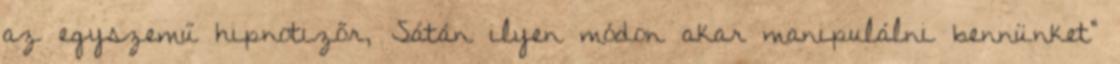
az egyszemű hipnotizőr, Sátán ilyen módon akar manipulálni bennünket”